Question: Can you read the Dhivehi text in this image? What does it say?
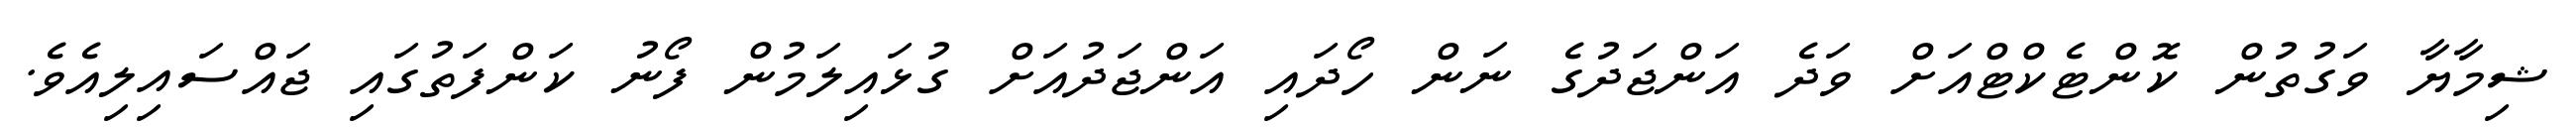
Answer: ޝިމާޔާ ވަގުތުން ކޮންޓެކްޓްއަށް ވަދެ އަންޖަދުގެ ނަން ހޯދައި އަންޖަދުއަށް ގުޅައިލަމުން ފޯނު ކަންފަތުގައި ޖައްސައިލިއެވެ.